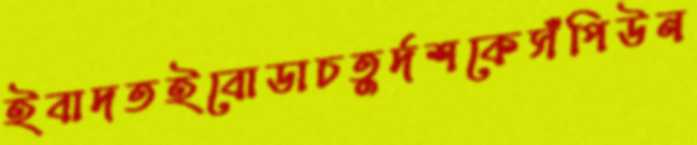
ইবাদতইবোডাচতুর্দশকেসঁপিউন